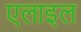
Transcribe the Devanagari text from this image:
एलाइल